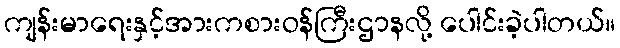
ကျန်းမာရေးနှင့်အားကစားဝန်ကြီးဌာနလို့ ပေါင်းခဲ့ပါတယ်။